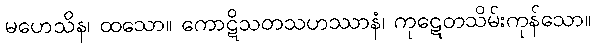
မဟေသိန၊ ထသော။ ကောဋိသတသဟဿာနံ၊ ကုဋေတသိမ်းကုန်သော။